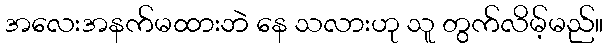
အလေးအနက်မထားဘဲ နေ သလားဟု သူ တွက်လိမ့်မည်။